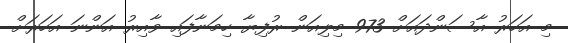
މި އަހަރު އާސަންދައަށް 973 މިލިއަން ރުފިޔާ ހިމަނާފައި ވާއިރު އަންނަ އަހަރަށް